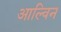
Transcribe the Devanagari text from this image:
आल्विन